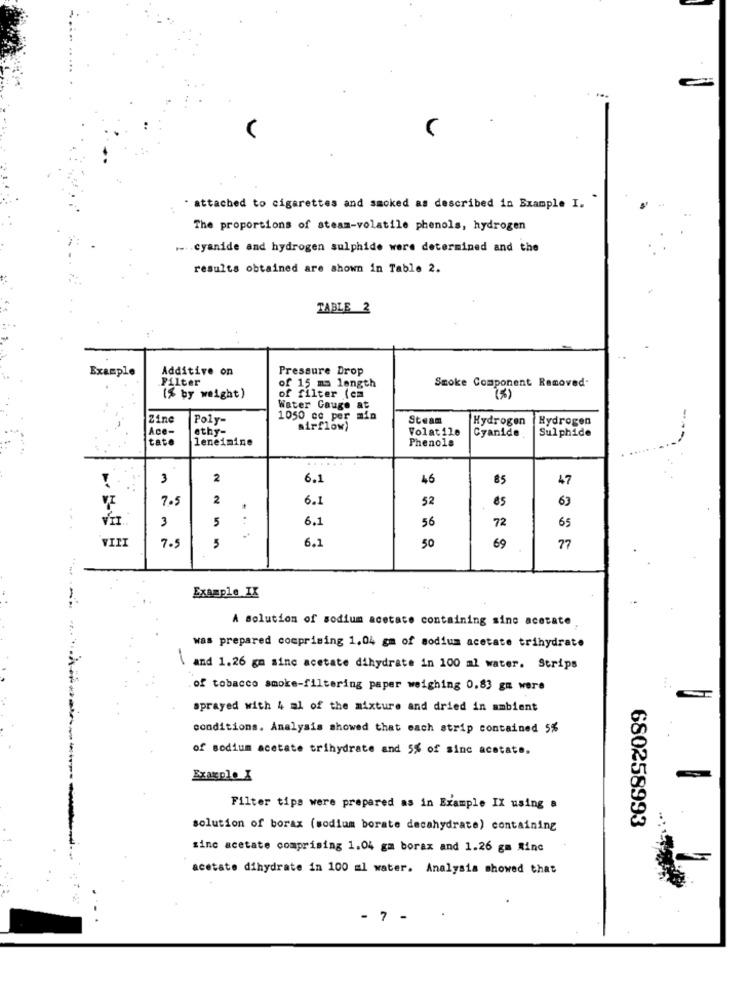
attached to cigarettes and smoked as described in Example I.
The proportions of steam-volatile phenols, hydrogen
.- . cyanide and hydrogen sulphide were determined and the
results obtained are shown in Table 2.
TABLE 2
Example
Additive on
Pressure Drop
Filter
of 15 ms length
Smoke Component Removed-
(% by weight)
of filter (cm
(%)
Water Gauge at
Zinc
Poly-
1050 cc per mia
Steam
Hydrogen
Hydrogen
Ace-
ethy-
airflow)
Volatile
Sulphide
tate
leneimine
Phenols
Cyanide .
3
2
6.1
46
47
7.5
2
6.1
52
85
63
3
5
6.1
56
...
72
65
VIII
7.5
....
5
6.1
50
69
77
Example IX
-----
A solution of sodium acetate containing sine acetate
was prepared comprising 1,04 gm of sodium acetate trihydrate
\and 1.26 gm sinc acetate dihydrate in 100 ml water. Strips
. of tobacco smoke-filtering paper weighing 0,83 gm were
sprayed with 4 al of the mixture and dried in ambient
conditions. Analysis showed that each strip contained 5%
of sodium acetate trihydrate and 5% of sinc acetate.
Example X
Filter tips were prepared as in Example IX using a
680258993
solution of borax (sodium borate decahydrate) containing
sine acetate comprising 1.04 gm borax and 1.26 gm Rinc
acetate dihydrate in 100 ml water. Analysis showed that
- 7 -